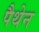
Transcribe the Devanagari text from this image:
पैथेन